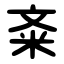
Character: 㪰